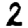
Digit: 2